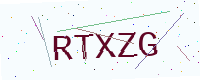
Text: RTXZG